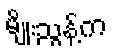
မျိုးညွန့်က